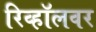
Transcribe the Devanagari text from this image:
रिव्हॉलवर